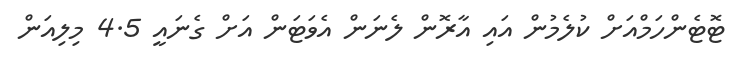
ޓޮޓެންހަމްއަށް ކުލެމުން އައި އާރޮން ލެނަން އެވަޓަން އަށް ގެނައީ 4.5 މިލިއަން